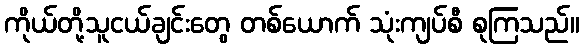
ကိုယ်တို့သူငယ်ချင်းတွေ တစ်ယောက် သုံးကျပ်စီ စုကြသည်။